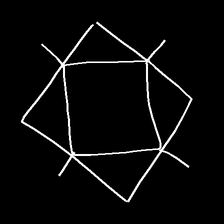
Glyph: light